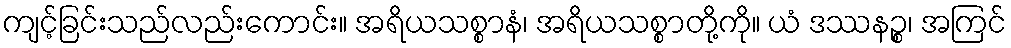
ကျင့်ခြင်းသည်လည်းကောင်း။ အရိယသစ္စာနံ၊ အရိယသစ္စာတို့ကို။ ယံ ဒဿနဉ္စ၊ အကြင်